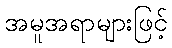
အမူအရာများဖြင့်